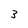
Character: 3